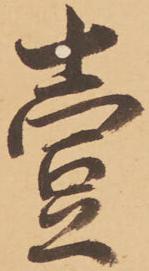
壱